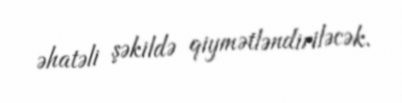
əhatəli şəkildə qiymətləndiriləcək.